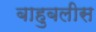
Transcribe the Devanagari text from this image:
बाहुबलीस